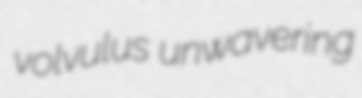
volvulus unwavering